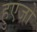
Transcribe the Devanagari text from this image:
हुएजो